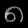
Digit: ၈